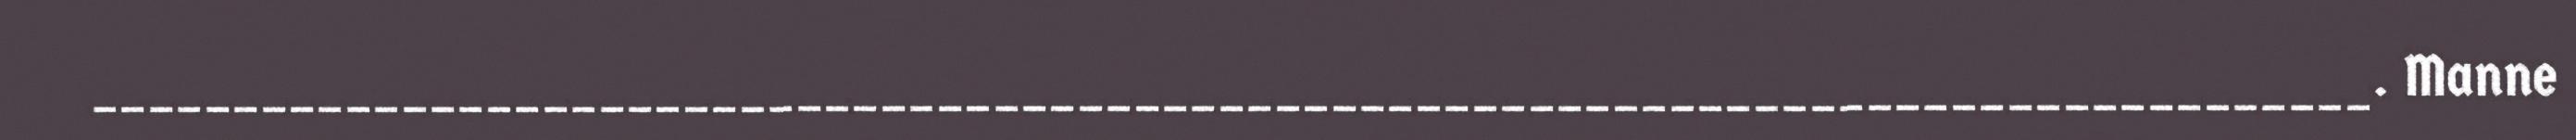
_________________________________________________________________________________. Manne